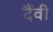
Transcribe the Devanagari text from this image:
दैंवी